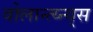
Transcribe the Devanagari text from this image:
वोलान्त्य्न्य्स